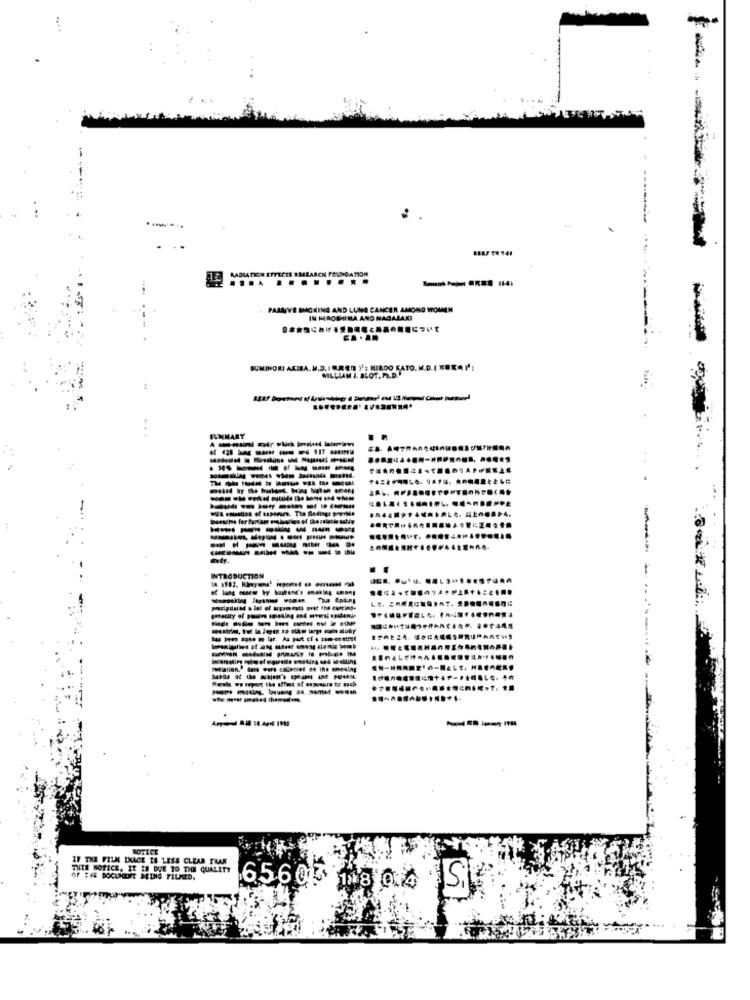
RADIATION EFFECTS RMEZARCH FOUNDATION
.... ........
PASSIVE SMACKING AND LUNG CANCER AMONG WOMEN
IN HIROSHIMA AND NADALAKI
CA . AN
SUMINORI AKIBA. M.D. I .RED )/; MIROO KATO. M.D.( NERA ):
STO. M.D.( NBKAP:
WILLIAM I. BLOT. PL.D.
.....
...
INTRODUCTION
----- - - - ue
------ -
--------
----
NOTICE
IF THE FIUK ENACE IS LESS CLEAR FRAM
THIS NOTICE, IT IS DUE TO THE QUALITY
OF THE DOCUMENT MEINE FILMED.
65,603 18 04 S